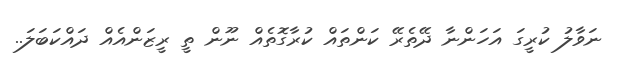
ނަވާލު ކުރީގަ އަހަންނާ ދޭތެރޭ ކަންތައް ކުރާގޮތެއް ނޫން ތީ ރީޒަންއެއް ދައްކަބަލަ..